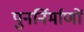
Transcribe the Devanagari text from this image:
पुनर्निर्माणों